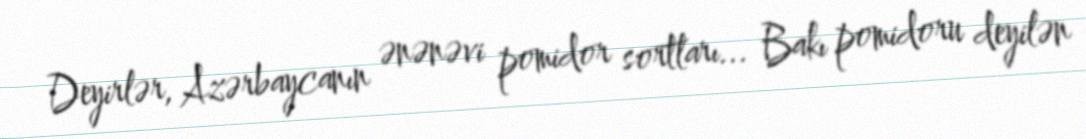
Deyirlər, Azərbaycanın ənənəvi pomidor sortları... Bakı pomidoru deyilən